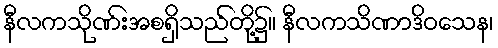
နီလကသိုဏ်းအစရှိသည်တို့၌။ နီလကသိဏာဒိဝသေန၊